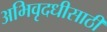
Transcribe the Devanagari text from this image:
अभिवृदधीसाठी